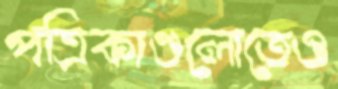
পত্রিকাগুলোতেও